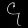
Digit: ၄